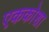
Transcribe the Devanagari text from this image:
एककोशा